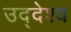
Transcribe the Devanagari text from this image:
उद्‌देश्‍य